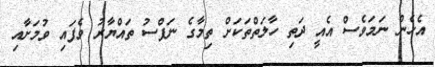
އެހެން ނަމަވެސް އެއީ ދަތި ހާލަތްތަކަށް ތިމާގެ ނަފްސު ތައްޔާރު ވެފައި ވުމަށާއި